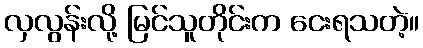
လှလွန်းလို့ မြင်သူတိုင်းက ငေးရသတဲ့။